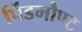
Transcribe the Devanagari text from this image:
पिंडमौण्ट